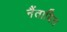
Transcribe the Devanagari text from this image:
नैंतायित